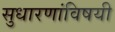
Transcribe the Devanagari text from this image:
सुधारणांविषयी